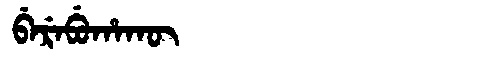
Manchu: ᠪᡝᡵᡝᠪᡠᡥᠠᡴᡡ
Romanization: BEREBUHAKŪ